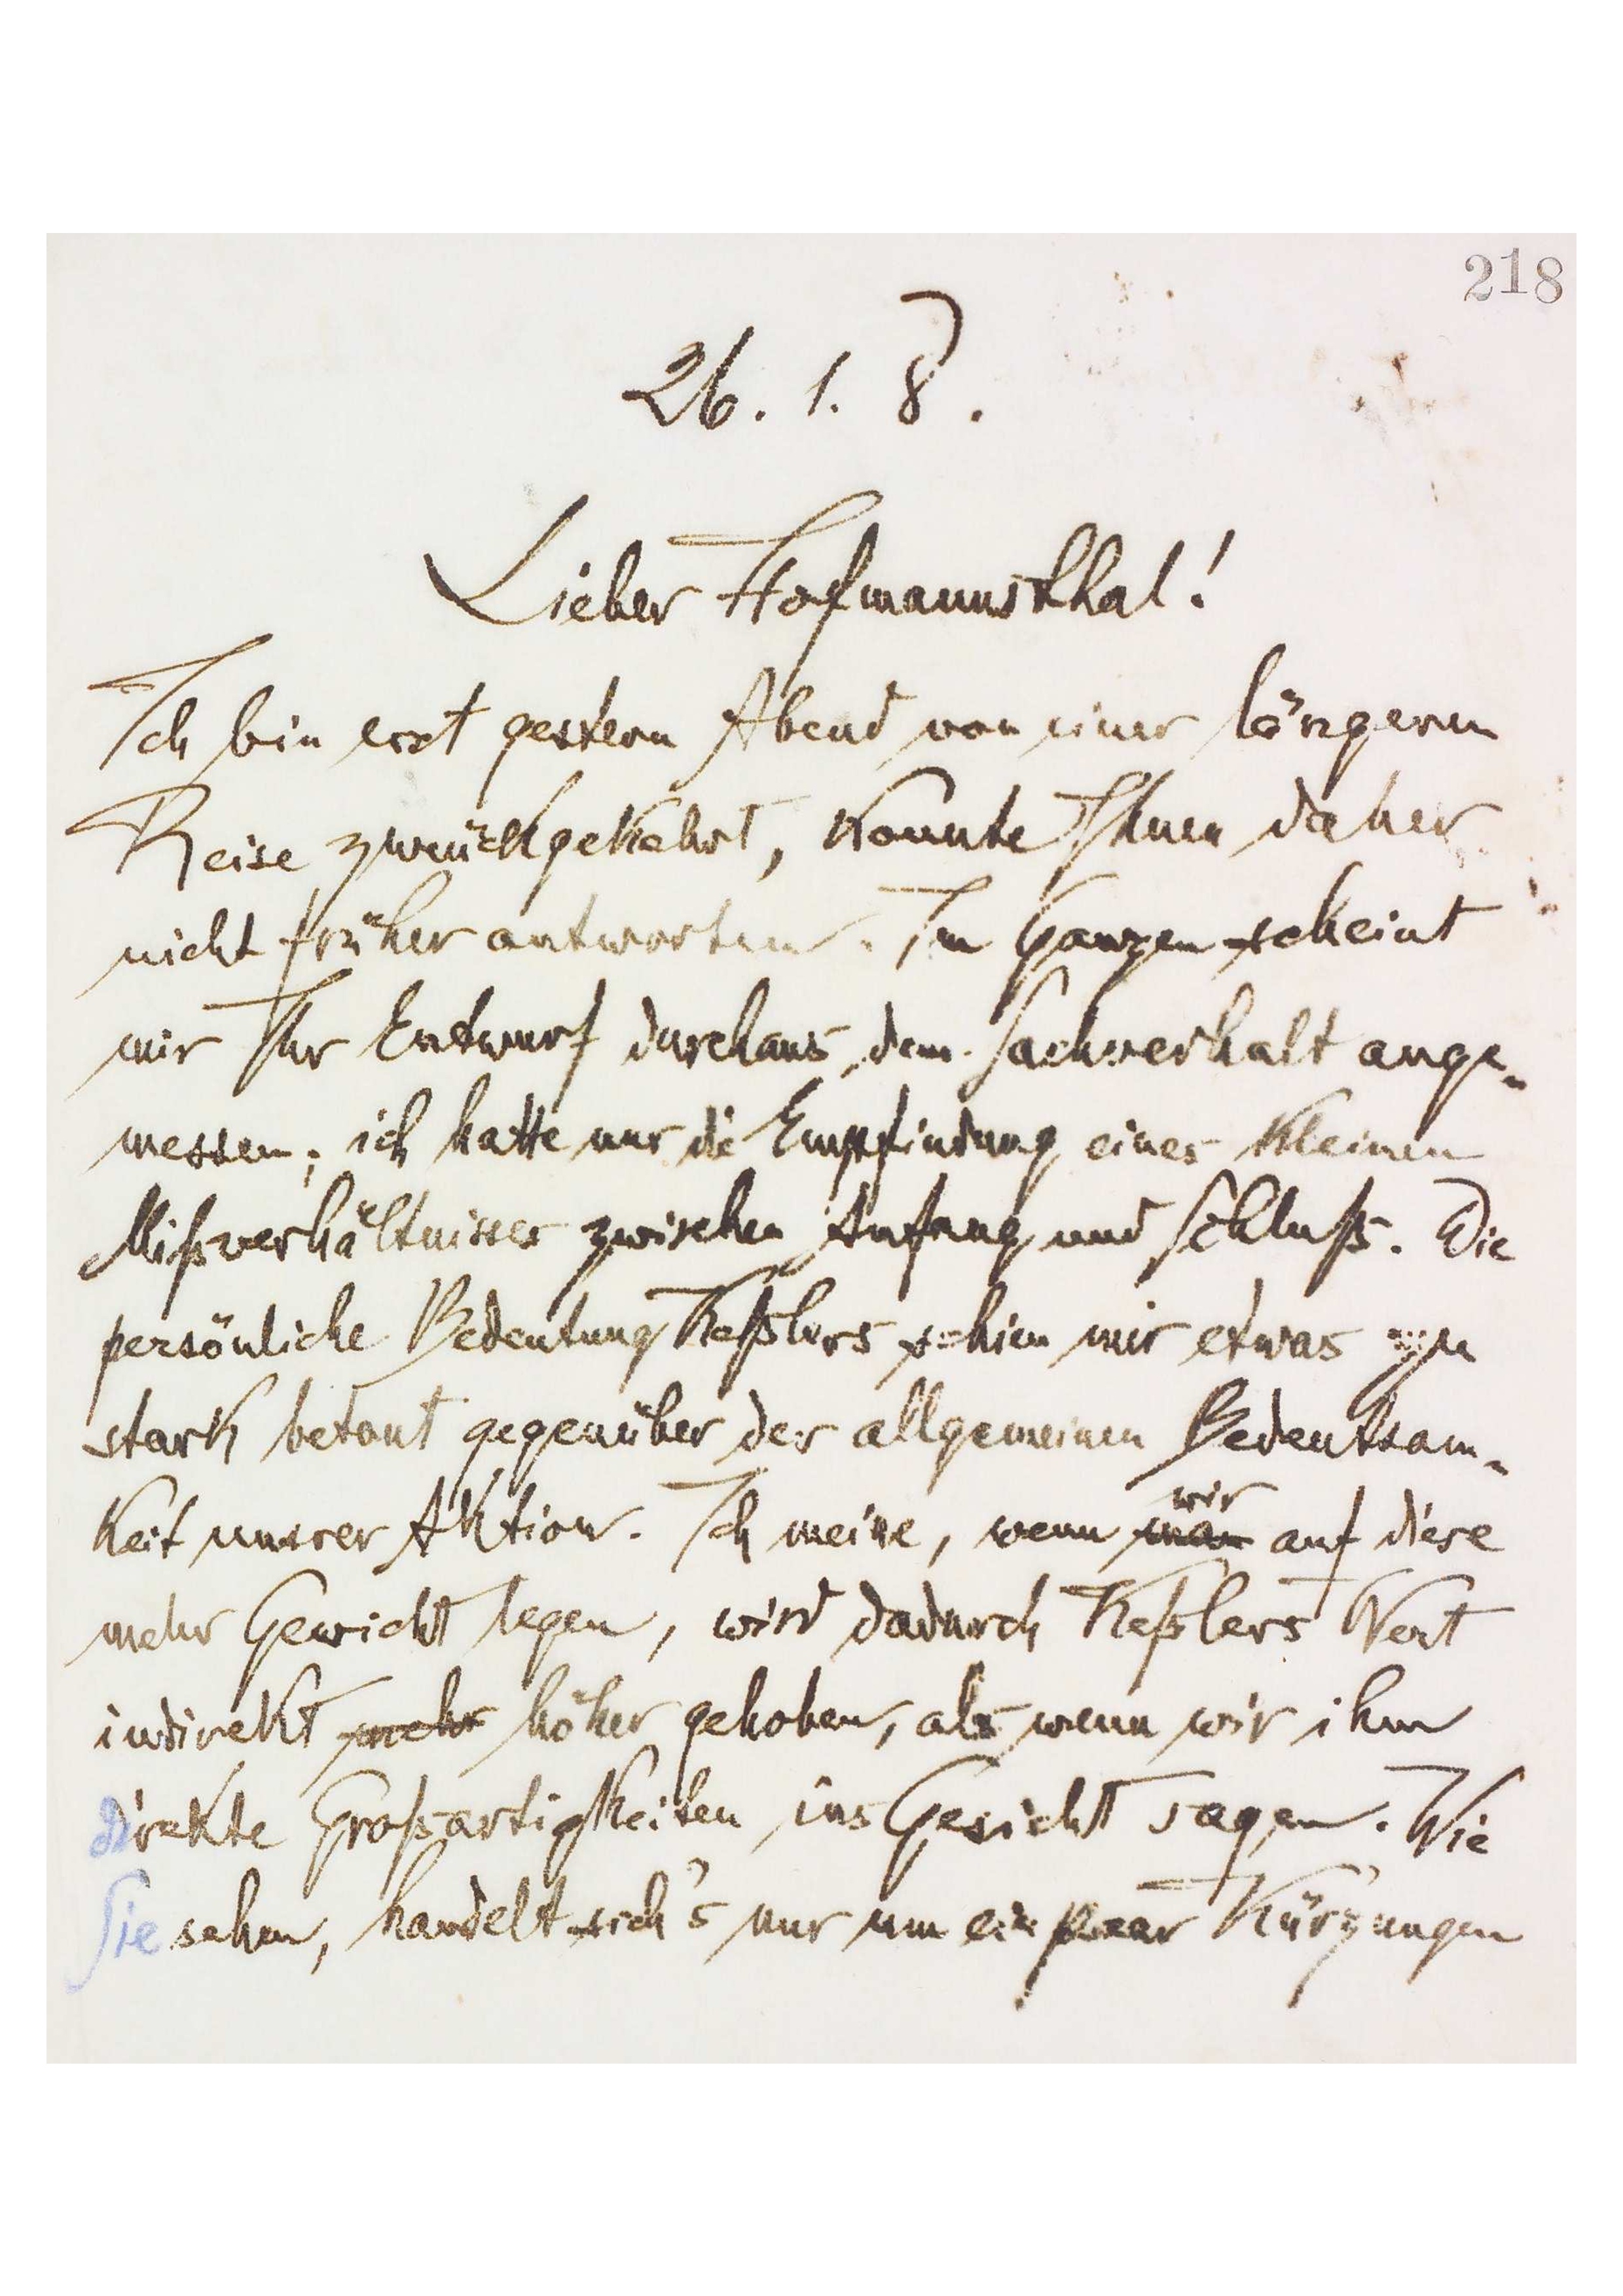
[218]
26.1.8.
Lieber Hofmannsthal!
Ich bin erst gestern Abend von einer längeren
Reise zurückgekehrt, konnte Ihnen daher
nicht früher antworten. Im Ganzen scheint
mir Ihr Entwurf durchaus dem Sachverhalt ange-
messen; ich hatte nur die Empfindung eines kleines
Mißverhältnisses zwischen Anfang und Schluß. Die
persönliche Bedeutung Keßlers schien mir etwas zu
stark betont gegenüber der allgemeinen Bedeutsam-
keit unsrer Aktion. Ich meine, wenn man wir auf diese
mehr Gewicht legen, wird dadurch Keßlers Wert
indirekt mehr höher gehoben, als wenn wir ihm
direkte Großartigkeiten ins Gesicht sagen. Wie
Sie sehen, handelt sich’s nur um ein paar Kürzungen